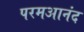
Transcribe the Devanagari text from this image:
परमआनंद